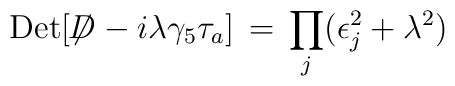
{\rm Det}[\not \! \!D - i \lambda \gamma_5 \tau_a] \, = \, \prod_{j} (\epsilon_j^2 + \lambda^2)